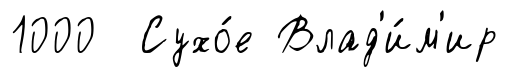
1000 Сухо́е Влад'и́м'ир